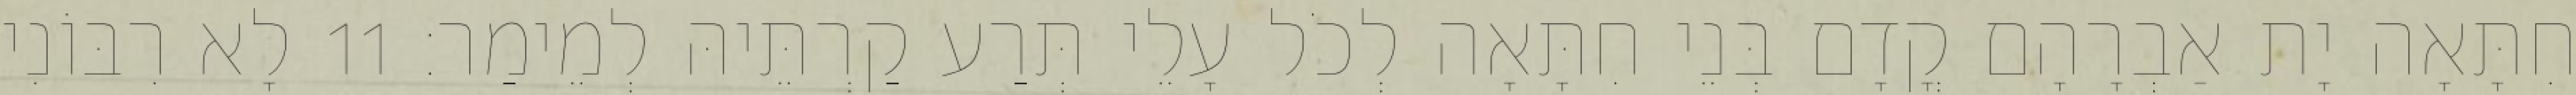
חִתָּאָה יָת אַבְרָהָם קֳדָם בְּנֵי חִתָּאָה לְכֹל עָלֵי תְּרַע קַרְתֵּיהּ לְמֵימַר׃ 11 לָא רִבּוֹנִי